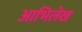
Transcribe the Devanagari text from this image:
आभिलेख